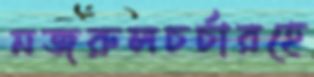
নজরুলচর্চারহে